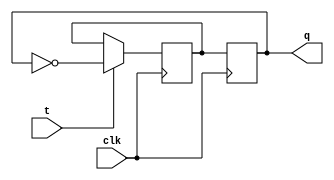
module t_flip_flop (
    input wire clk,   // Clock signal
    input wire t,     // Toggle input
    output reg q      // Output Q
);

reg d;

always @(posedge clk) begin
    if (t) begin
        d <= ~q; // Toggle the input D using XOR gate
    end
end

always @(posedge clk) begin
    q <= d;  // D flip-flop
end

endmodule